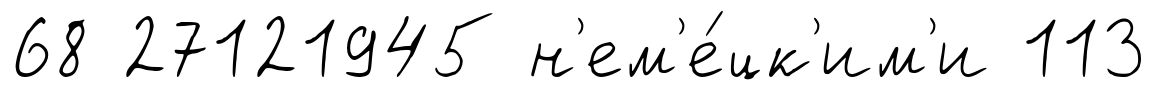
68 27121945 н'ем'е́цк'им'и 113